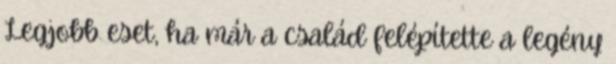
Legjobb eset, ha már a család felépítette a legény